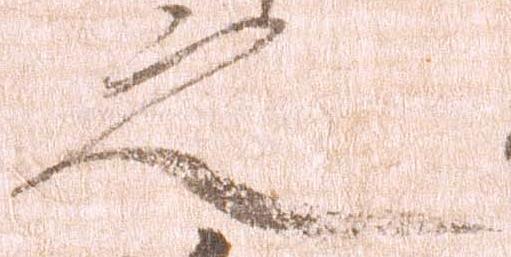
之